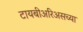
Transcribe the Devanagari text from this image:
टायबीअरिअसच्या